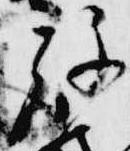
放